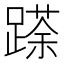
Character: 𮜌